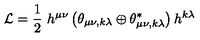
{ \cal L } = \frac { 1 } { 2 } \ h ^ { \mu \nu } \left( \theta _ { \mu \nu , k \lambda } \oplus \theta _ { \mu \nu , k \lambda } ^ { \ast } \right) h ^ { k \lambda }